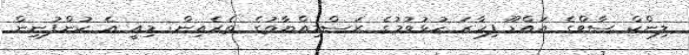
ލިންކް ސާވްގެ އައްޑޫ ފިހާރަ ހުޅުވުމުގެ ރަސްމިއްޔާތުގެ ތެރެއިން: މިއީ އެ ކުންފުނިން